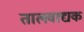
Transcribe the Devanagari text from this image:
तालवाद्यक